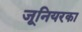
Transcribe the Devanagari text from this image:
जूनियरका